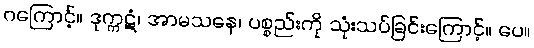
ဂကြောင့်။ ဒုက္ကဋံ၊ အာမသနေ၊ ပစ္စည်းကို သုံးသပ်ခြင်းကြောင့်။ ပေ။